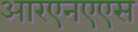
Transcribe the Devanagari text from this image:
आरएनएएस